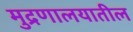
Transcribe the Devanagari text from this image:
मुद्रणालयातील